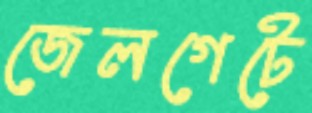
জেলগেটে